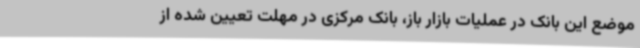
موضع این بانک در عملیات بازار باز، بانک مرکزی در مهلت تعیین شده از